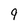
Character: 9